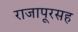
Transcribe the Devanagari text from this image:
राजापूरसह